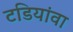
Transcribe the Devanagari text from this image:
टडियांवा